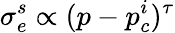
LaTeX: \sigma_{e}^{s}\propto(p-p_{c}^{i})^{\tau}